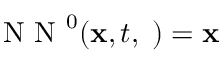
\mathrm { ~ N ~ N ~ } ^ { 0 } ( { \bf x } , t , { \bf \phi } ) = { \bf x }